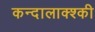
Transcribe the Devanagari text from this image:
कन्दालाक्श्की